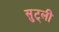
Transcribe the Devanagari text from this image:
सुट्ली